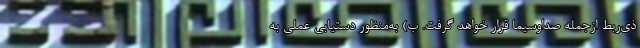
ذی‌ربط ازجمله صداوسیما قرار خواهد گرفت. ب) به‌منظور دستیابی عملی به